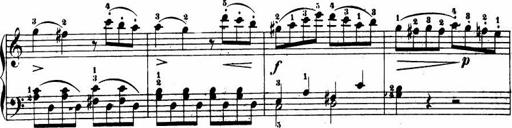
Title: Le bouquetier
Composer: Anton Diabelli
Key: G major
 C major
 F major
 C major